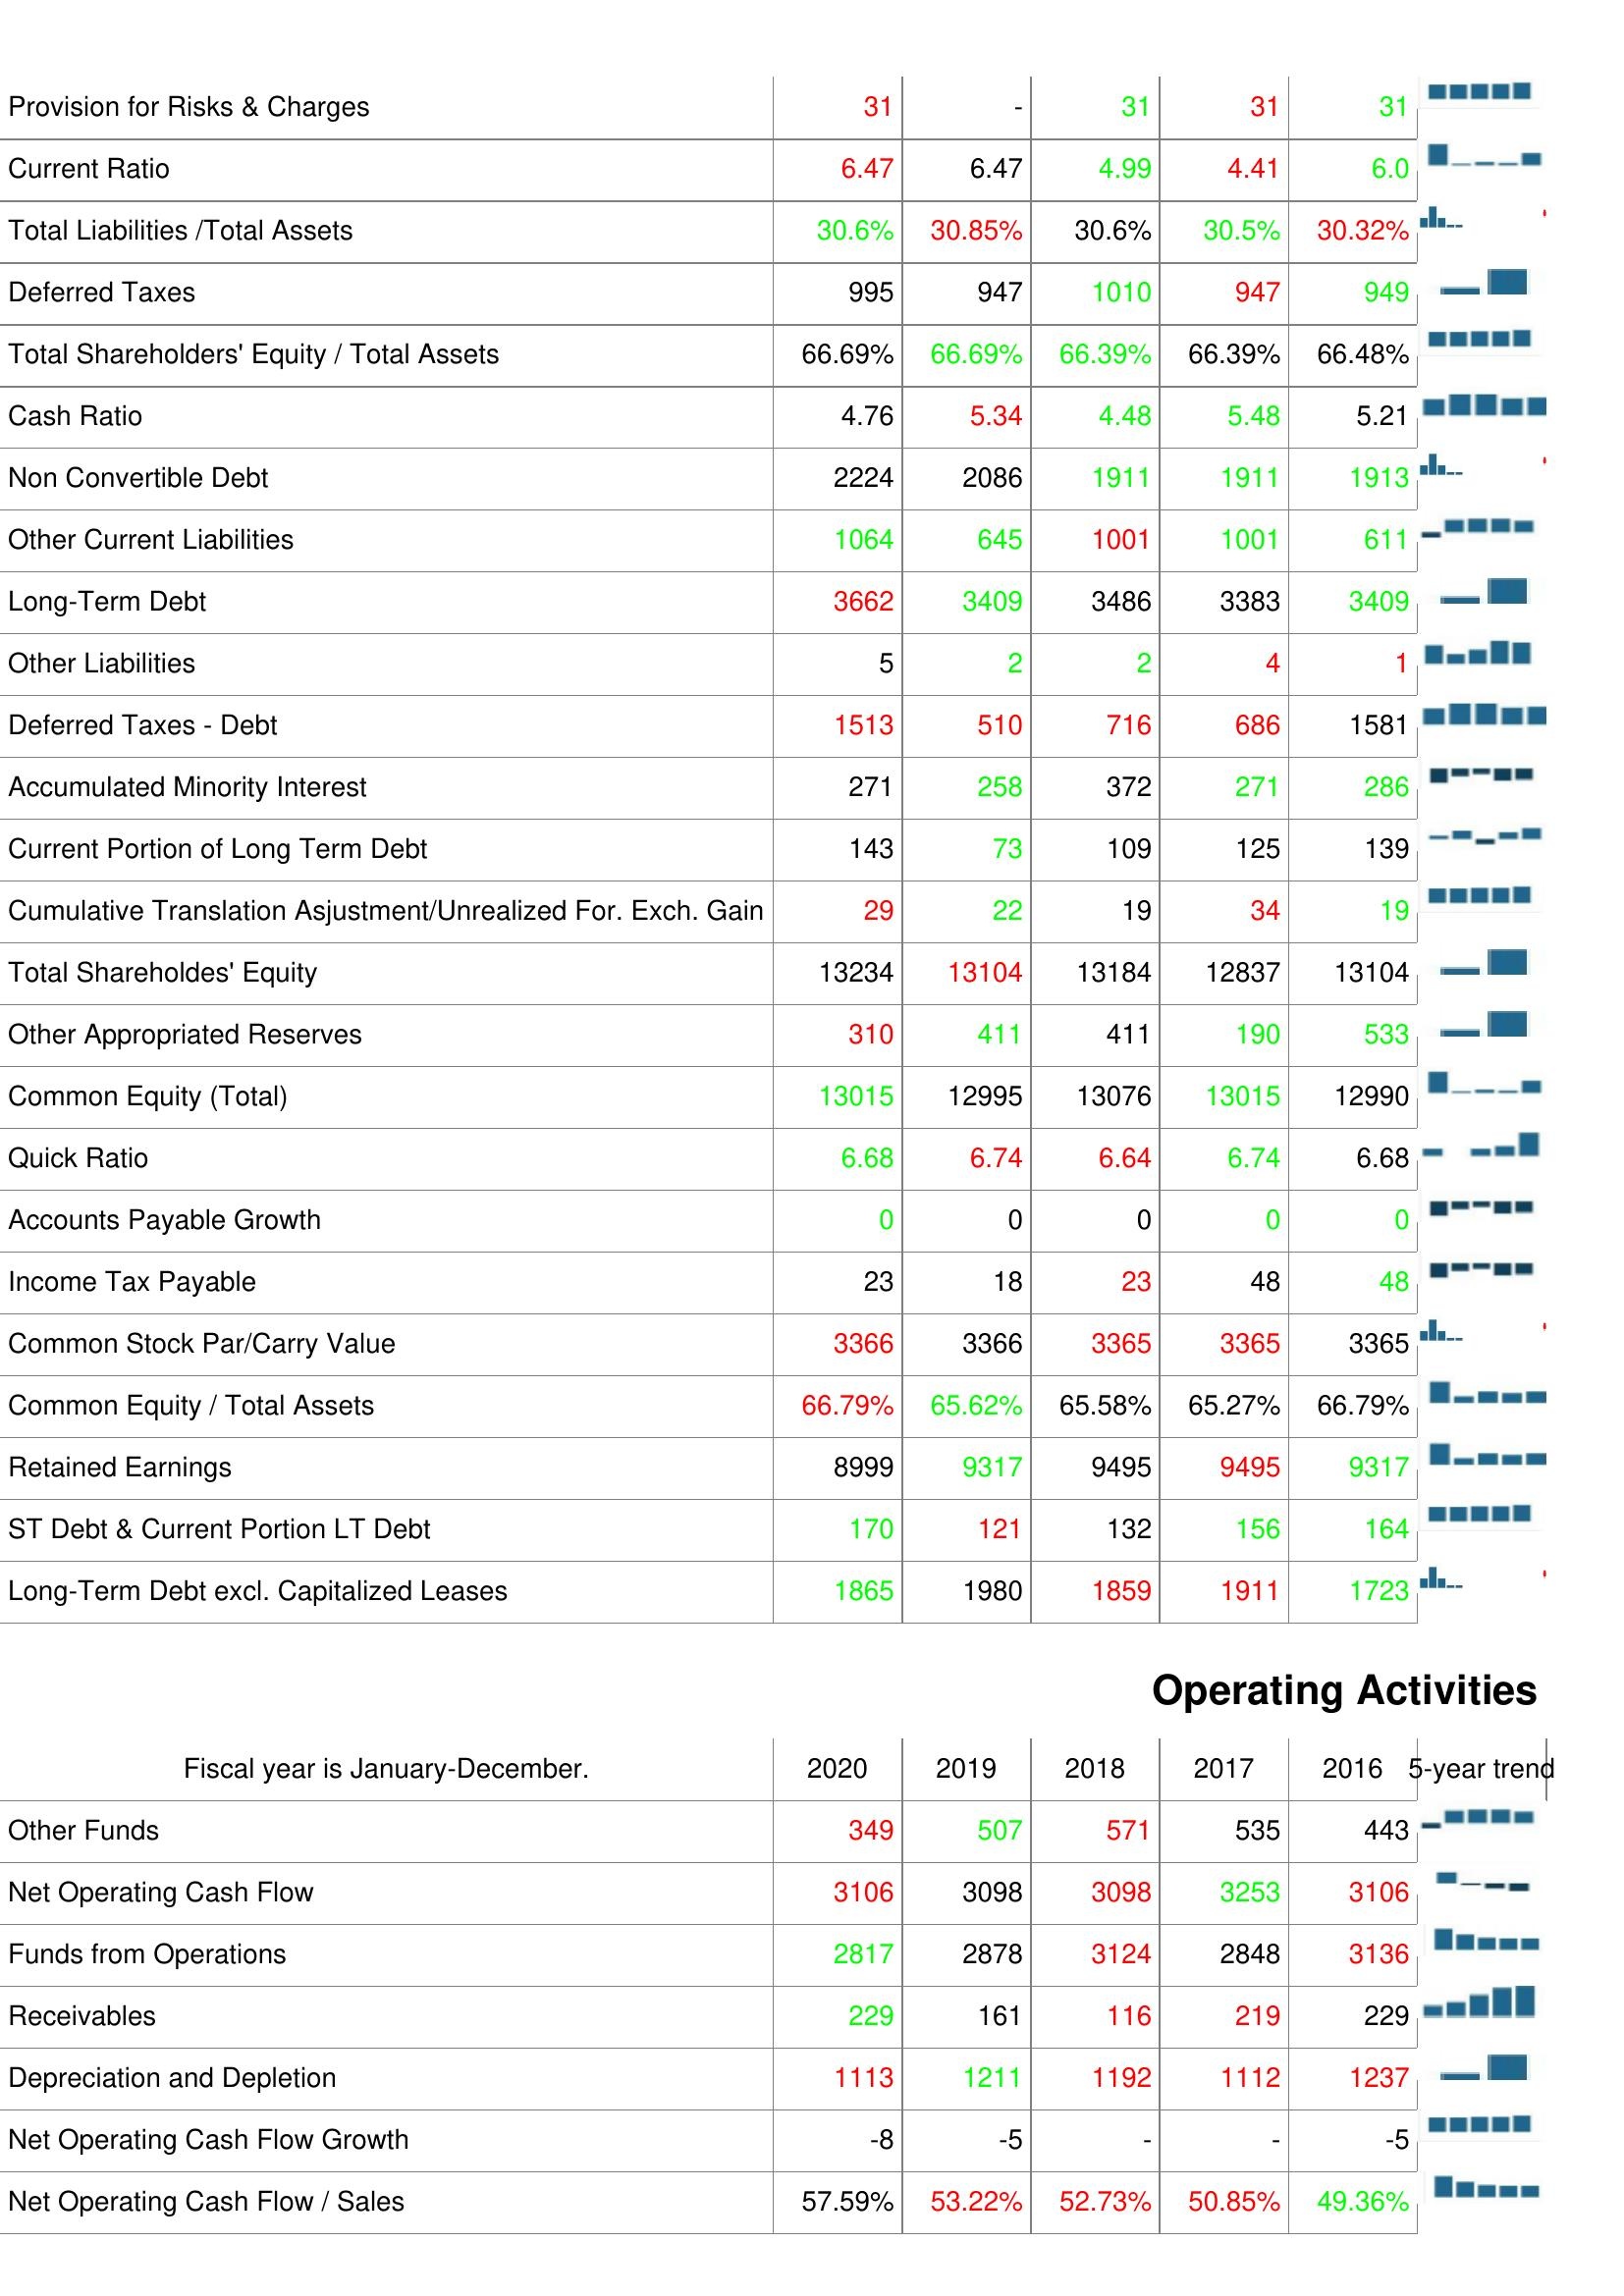
2020: Liabilities & Shareholder's Equity: Provision for Risks & Charges: 31
Current Ratio: 6.47
Total Liabilities /Total Assets: 30.6%
Deferred Taxes: 995
Total Shareholders' Equity / Total Assets: 66.69%
Cash Ratio: 4.76
Non Convertible Debt: 2224
Other Current Liabilities: 1064
Long-Term Debt: 3662
Other Liabilities: 5
Deferred Taxes - Debt: 1513
Accumulated Minority Interest: 271
Current Portion of Long Term Debt: 143
Cumulative Translation Asjustment/Unrealized For. Exch. Gain: 29
Total Shareholdes' Equity: 13234
Other Appropriated Reserves: 310
Common Equity (Total): 13015
Quick Ratio: 6.68
Accounts Payable Growth: 0
Income Tax Payable: 23
Common Stock Par/Carry Value: 3366
Common Equity / Total Assets: 66.79%
Retained Earnings: 8999
ST Debt & Current Portion LT Debt: 170
Long-Term Debt excl. Capitalized Leases: 1865
Operating Activities: Other Funds: 349
Net Operating Cash Flow: 3106
Funds from Operations: 2817
Receivables: 229
Depreciation and Depletion: 1113
Net Operating Cash Flow Growth: -8
Net Operating Cash Flow / Sales: 57.59%
2019: Liabilities & Shareholder's Equity: Provision for Risks & Charges: -
Current Ratio: 6.47
Total Liabilities /Total Assets: 30.85%
Deferred Taxes: 947
Total Shareholders' Equity / Total Assets: 66.69%
Cash Ratio: 5.34
Non Convertible Debt: 2086
Other Current Liabilities: 645
Long-Term Debt: 3409
Other Liabilities: 2
Deferred Taxes - Debt: 510
Accumulated Minority Interest: 258
Current Portion of Long Term Debt: 73
Cumulative Translation Asjustment/Unrealized For. Exch. Gain: 22
Total Shareholdes' Equity: 13104
Other Appropriated Reserves: 411
Common Equity (Total): 12995
Quick Ratio: 6.74
Accounts Payable Growth: 0
Income Tax Payable: 18
Common Stock Par/Carry Value: 3366
Common Equity / Total Assets: 65.62%
Retained Earnings: 9317
ST Debt & Current Portion LT Debt: 121
Long-Term Debt excl. Capitalized Leases: 1980
Operating Activities: Other Funds: 507
Net Operating Cash Flow: 3098
Funds from Operations: 2878
Receivables: 161
Depreciation and Depletion: 1211
Net Operating Cash Flow Growth: -5
Net Operating Cash Flow / Sales: 53.22%
2018: Liabilities & Shareholder's Equity: Provision for Risks & Charges: 31
Current Ratio: 4.99
Total Liabilities /Total Assets: 30.6%
Deferred Taxes: 1010
Total Shareholders' Equity / Total Assets: 66.39%
Cash Ratio: 4.48
Non Convertible Debt: 1911
Other Current Liabilities: 1001
Long-Term Debt: 3486
Other Liabilities: 2
Deferred Taxes - Debt: 716
Accumulated Minority Interest: 372
Current Portion of Long Term Debt: 109
Cumulative Translation Asjustment/Unrealized For. Exch. Gain: 19
Total Shareholdes' Equity: 13184
Other Appropriated Reserves: 411
Common Equity (Total): 13076
Quick Ratio: 6.64
Accounts Payable Growth: 0
Income Tax Payable: 23
Common Stock Par/Carry Value: 3365
Common Equity / Total Assets: 65.58%
Retained Earnings: 9495
ST Debt & Current Portion LT Debt: 132
Long-Term Debt excl. Capitalized Leases: 1859
Operating Activities: Other Funds: 571
Net Operating Cash Flow: 3098
Funds from Operations: 3124
Receivables: 116
Depreciation and Depletion: 1192
Net Operating Cash Flow Growth: -
Net Operating Cash Flow / Sales: 52.73%
2017: Liabilities & Shareholder's Equity: Provision for Risks & Charges: 31
Current Ratio: 4.41
Total Liabilities /Total Assets: 30.5%
Deferred Taxes: 947
Total Shareholders' Equity / Total Assets: 66.39%
Cash Ratio: 5.48
Non Convertible Debt: 1911
Other Current Liabilities: 1001
Long-Term Debt: 3383
Other Liabilities: 4
Deferred Taxes - Debt: 686
Accumulated Minority Interest: 271
Current Portion of Long Term Debt: 125
Cumulative Translation Asjustment/Unrealized For. Exch. Gain: 34
Total Shareholdes' Equity: 12837
Other Appropriated Reserves: 190
Common Equity (Total): 13015
Quick Ratio: 6.74
Accounts Payable Growth: 0
Income Tax Payable: 48
Common Stock Par/Carry Value: 3365
Common Equity / Total Assets: 65.27%
Retained Earnings: 9495
ST Debt & Current Portion LT Debt: 156
Long-Term Debt excl. Capitalized Leases: 1911
Operating Activities: Other Funds: 535
Net Operating Cash Flow: 3253
Funds from Operations: 2848
Receivables: 219
Depreciation and Depletion: 1112
Net Operating Cash Flow Growth: -
Net Operating Cash Flow / Sales: 50.85%
2016: Liabilities & Shareholder's Equity: Provision for Risks & Charges: 31
Current Ratio: 6.0
Total Liabilities /Total Assets: 30.32%
Deferred Taxes: 949
Total Shareholders' Equity / Total Assets: 66.48%
Cash Ratio: 5.21
Non Convertible Debt: 1913
Other Current Liabilities: 611
Long-Term Debt: 3409
Other Liabilities: 1
Deferred Taxes - Debt: 1581
Accumulated Minority Interest: 286
Current Portion of Long Term Debt: 139
Cumulative Translation Asjustment/Unrealized For. Exch. Gain: 19
Total Shareholdes' Equity: 13104
Other Appropriated Reserves: 533
Common Equity (Total): 12990
Quick Ratio: 6.68
Accounts Payable Growth: 0
Income Tax Payable: 48
Common Stock Par/Carry Value: 3365
Common Equity / Total Assets: 66.79%
Retained Earnings: 9317
ST Debt & Current Portion LT Debt: 164
Long-Term Debt excl. Capitalized Leases: 1723
Operating Activities: Other Funds: 443
Net Operating Cash Flow: 3106
Funds from Operations: 3136
Receivables: 229
Depreciation and Depletion: 1237
Net Operating Cash Flow Growth: -5
Net Operating Cash Flow / Sales: 49.36%